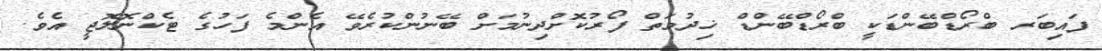
ފައިބަރ ބްރޯޑްބޭންޑަކީ ބްރޯޑްބޭންޑް ޚިދުމަތް ފޯރުކޮށްދިނުމަށް ބޭނުންކުރެވޭ އެންމެ ފަހުގެ ޓެކްނޮލޮޖީ އެވެ.